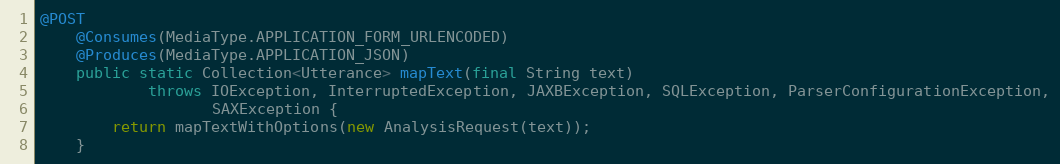
Language: Java
@POST
    @Consumes(MediaType.APPLICATION_FORM_URLENCODED)
    @Produces(MediaType.APPLICATION_JSON)
    public static Collection<Utterance> mapText(final String text)
            throws IOException, InterruptedException, JAXBException, SQLException, ParserConfigurationException,
                   SAXException {
        return mapTextWithOptions(new AnalysisRequest(text));
    }